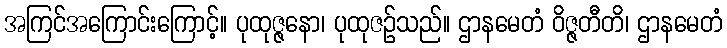
အကြင်အကြောင်းကြောင့်။ ပုထုဇ္ဇနော၊ ပုထုဇဉ်သည်။ ဌာနမေတံ ဝိဇ္ဇတီတိ၊ ဌာနမေတံ